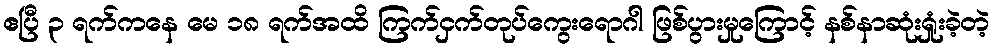
ဧပြီ ၃ ရက်ကနေ မေ ၁၈ ရက်အထိ ကြက်ငှက်တုပ်ကွေးရောဂါ ဖြစ်ပွားမှုကြောင့် နစ်နာဆုံးရှုံးခဲ့တဲ့